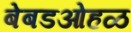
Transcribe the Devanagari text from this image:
बेबडओहळ